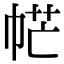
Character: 𢂾